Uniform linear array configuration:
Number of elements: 32
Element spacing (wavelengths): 0.5
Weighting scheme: blackman
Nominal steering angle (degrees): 0
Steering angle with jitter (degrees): -1.709
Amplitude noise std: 0.05
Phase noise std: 0.05

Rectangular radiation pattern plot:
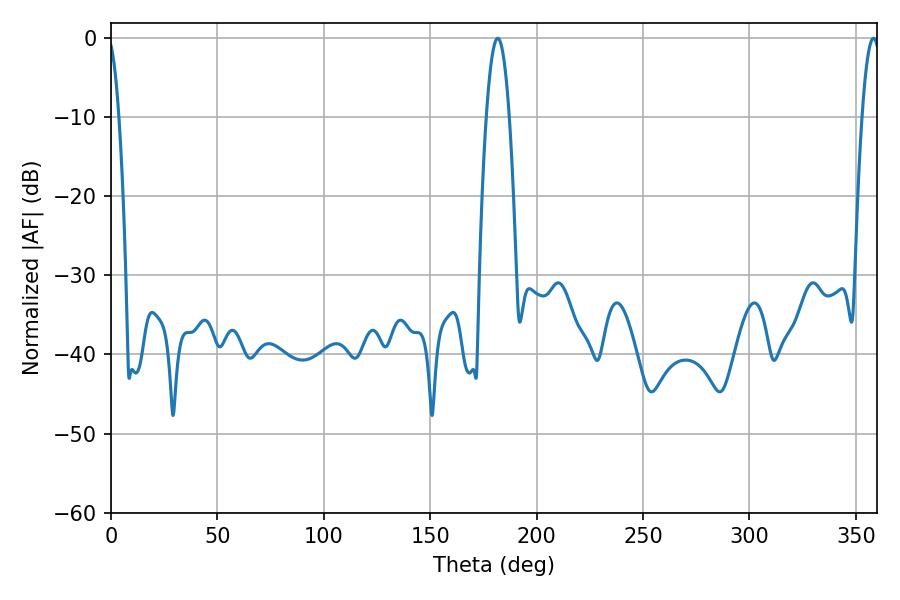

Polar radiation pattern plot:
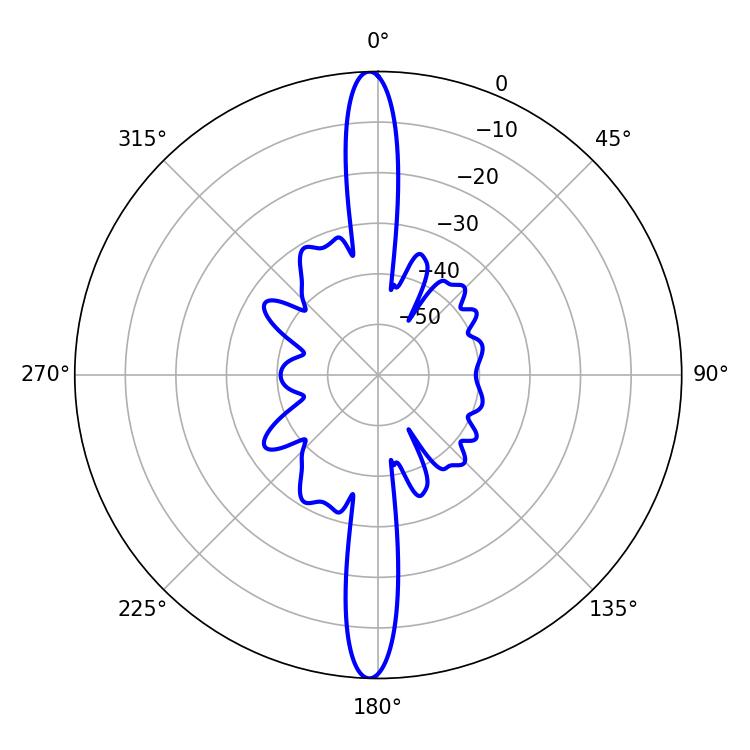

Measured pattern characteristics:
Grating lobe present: FALSE
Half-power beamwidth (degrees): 5.94
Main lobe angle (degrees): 181.8